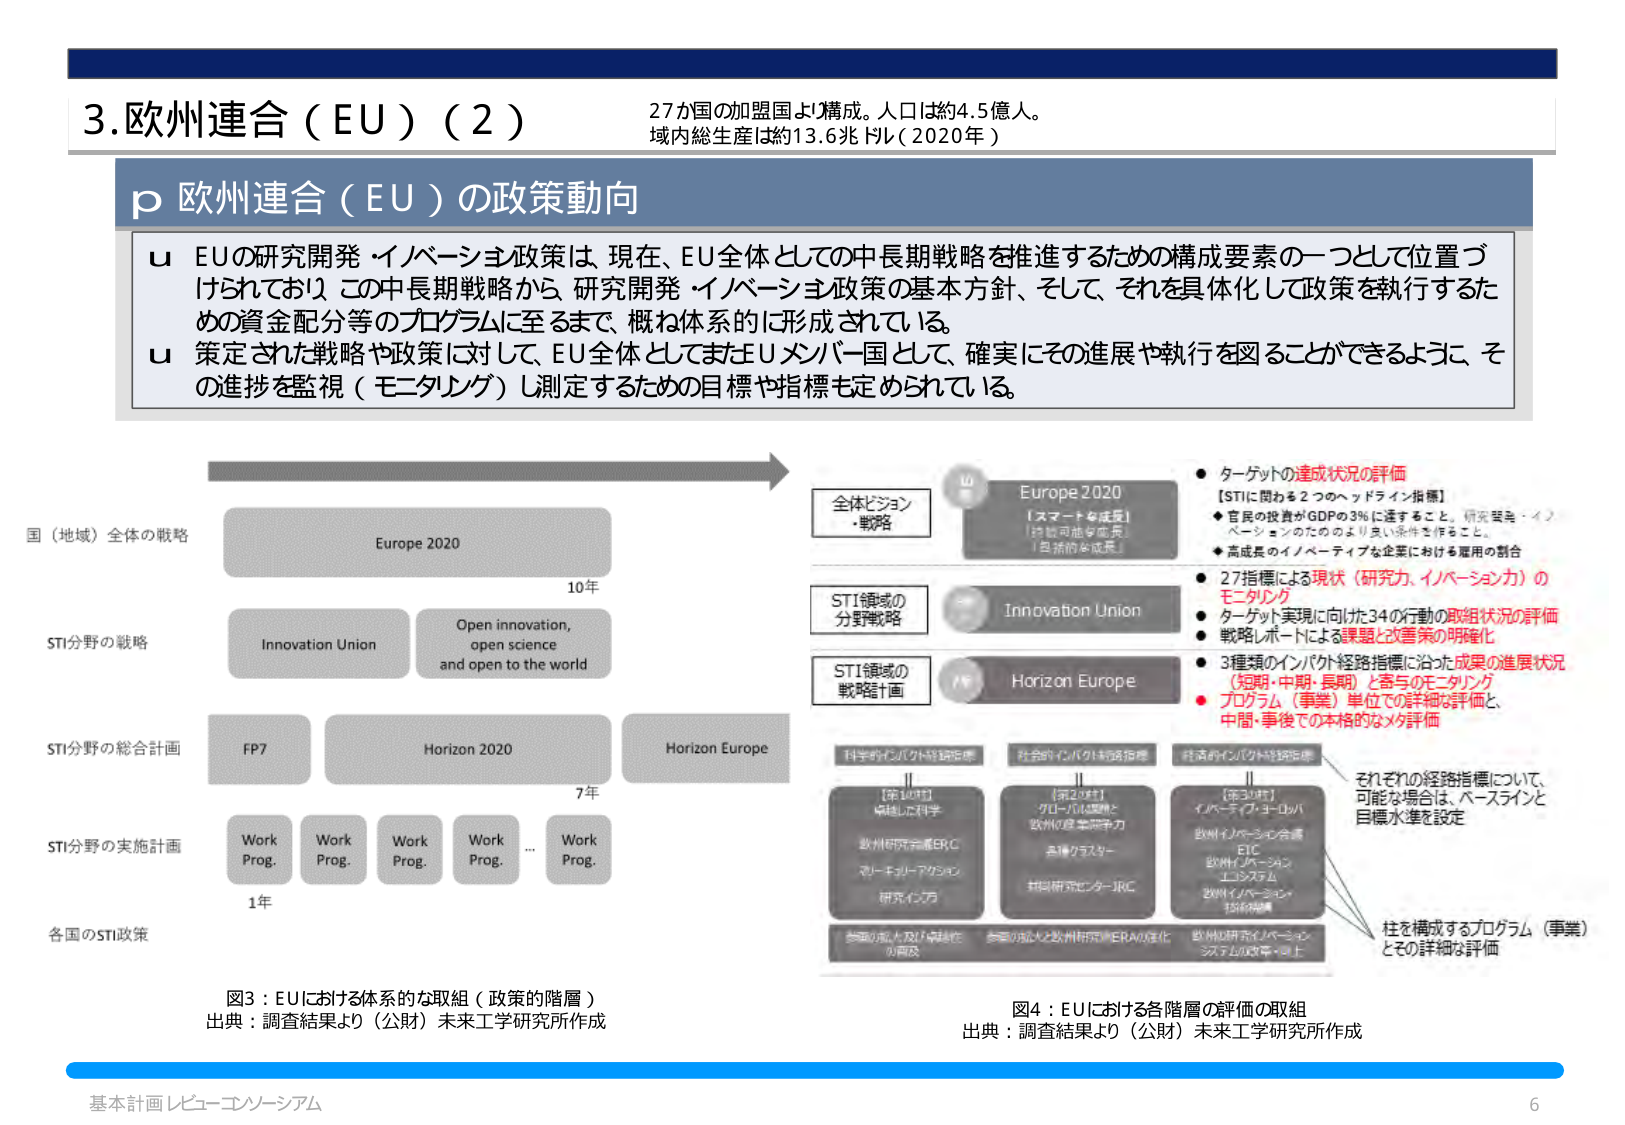
3.欧州連合（EU）（2）
27か国の加盟国より構成。人口は約4.5億人。
域内総生産は約13.6兆ドル（2020年）

p 欧州連合（EU）の政策動向

u EUの研究開発・イノベーション政策は、現在、EU全体としての中長期戦略を推進するための構成要素の一つとして位置づけられており、この中長期戦略から、研究開発・イノベーション政策の基本方針、そして、それを具体化して政策を執行するための資金配分等のプログラムに至るまで、概ね体系的に形成されている。

u 策定された戦略や政策に対して、EU全体としてまたEUメンバー国として、確実にその進展や執行を図ることができるように、その進捗を監視（モニタリング）し測定するための目標や指標も定められている。

国（地域）全体の戦略
Europe 2020
10年

STI分野の戦略
Innovation Union
Open innovation, open science and open to the world

STI分野の総合計画
FP7
Horizon 2020
Horizon Europe
7年

STI分野の実施計画
Work Prog.
Work Prog.
Work Prog.
Work Prog.
...
Work Prog.
1年

各国のSTI政策

図3：EUにおける体系的な取組（政策の階層）
出典：調査結果より（公財）未来工学研究所作成

全体ビジョン・戦略
Europe 2020
[スマートな成長]
[持続可能な成長]
[包摂的な成長]

STI領域の分野戦略
Innovation Union

STI領域の戦略計画
Horizon Europe

科学的インパクト経路指標
[第1の柱]
卓越した科学
欧州研究元ERC
マーキュリー・アカデミー
研究インフラ

社会的インパクト経路指標
[第2の柱]
グローバル課題と
欧州の産業競争力
共通クラスター
共同研究センターJRC

経済的インパクト経路指標
[第3の柱]
イノベーション・ヨーロッパ
欧州イノベーション会議
EIC
欧州イノベーション・エコシステム
欧州イノベーション・技術構造

それぞれの経路指標について、
可能な場合は、ベースラインと
目標水準を設定

柱を構成するプログラム（事業）
とその詳細な評価

● ターゲットの達成状況の評価
[STIに関わる2つのヘッドライン指標]
◆ 官民の投資がGDPの3%に達すること。研究開発・イノベーションのためのより良い条件を作ること。
◆ 高成長のイノベーティブな企業における雇用の割合

● 27指標による現状（研究力、イノベーション力）のモニタリング
● ターゲット実現に向けた34の行動の取組状況の評価
● 戦略レポートによる課題と改善策の明確化
● 3種類のインパクト経路指標に沿った成果の進展状況（短期・中期・長期）と寄与のモニタリング
● プログラム（事業）単位での詳細な評価と、中期・事後での本格的なメタ評価

図4：EUにおける各階層の評価の取組
出典：調査結果より（公財）未来工学研究所作成

基本計画レビュー・コンソーシアム
6